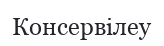
Консервілеу